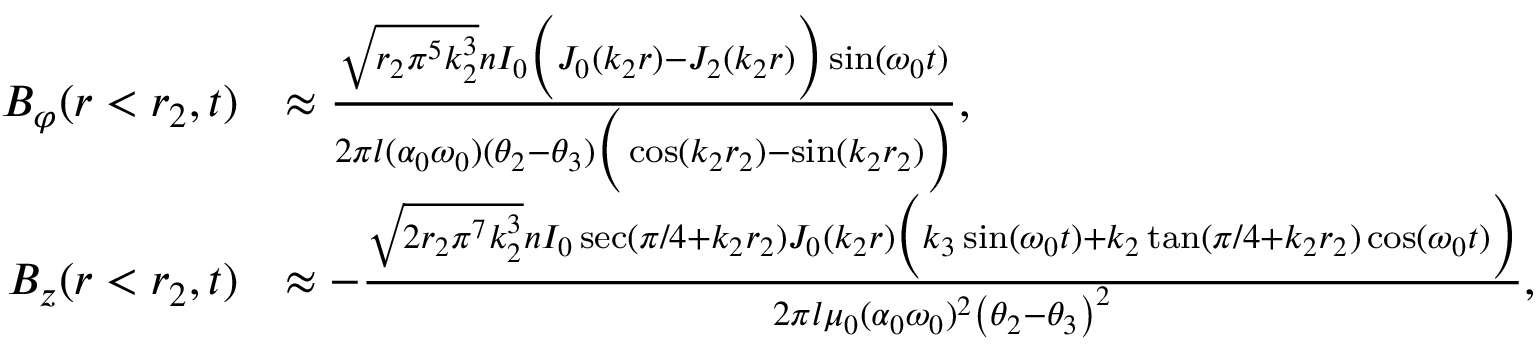
\begin{array} { r l } { B _ { \varphi } ( r < r _ { 2 } , t ) } & { \approx \frac { \sqrt { r _ { 2 } \pi ^ { 5 } k _ { 2 } ^ { 3 } } n I _ { 0 } \Big ( J _ { 0 } ( k _ { 2 } r ) - J _ { 2 } ( k _ { 2 } r ) \Big ) \sin ( \omega _ { 0 } t ) } { 2 \pi l ( \alpha _ { 0 } \omega _ { 0 } ) ( \theta _ { 2 } - \theta _ { 3 } ) \Big ( \cos ( k _ { 2 } r _ { 2 } ) - \sin ( k _ { 2 } r _ { 2 } ) \Big ) } , } \\ { B _ { z } ( r < r _ { 2 } , t ) } & { \approx - \frac { \sqrt { 2 r _ { 2 } \pi ^ { 7 } k _ { 2 } ^ { 3 } } n I _ { 0 } \sec ( \pi / 4 + k _ { 2 } r _ { 2 } ) J _ { 0 } ( k _ { 2 } r ) \Big ( k _ { 3 } \sin ( \omega _ { 0 } t ) + k _ { 2 } \tan ( \pi / 4 + k _ { 2 } r _ { 2 } ) \cos ( \omega _ { 0 } t ) \Big ) } { 2 \pi l \mu _ { 0 } ( \alpha _ { 0 } \omega _ { 0 } ) ^ { 2 } \left( \theta _ { 2 } - \theta _ { 3 } \right) ^ { 2 } } , } \end{array}